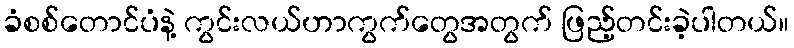
ခံစစ်တောင်ပံနဲ့ ကွင်းလယ်ဟာကွက်တွေအတွက် ဖြည့်တင်းခဲ့ပါတယ်။